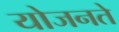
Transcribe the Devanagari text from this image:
योजनते